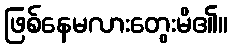
ဖြစ်နေမလားတွေးမိ၏။